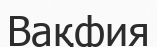
Вақфия